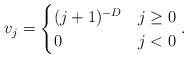
LaTeX: \begin{align*}v_{j}=\begin{cases}(j+1)^{-D}& j \geq 0\\0& j < 0\end{cases}.\end{align*}